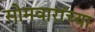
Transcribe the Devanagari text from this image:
सोमवारांच्या